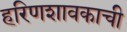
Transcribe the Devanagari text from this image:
हरिणशावकाची